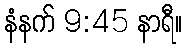
နံနက် 9:45 နာရီ။